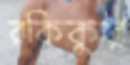
রকিকুর